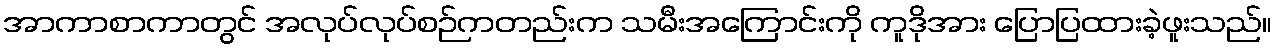
အာကာစာကာတွင် အလုပ်လုပ်စဉ်ကတည်းက သမီးအကြောင်းကို ကူဒိုအား ပြောပြထားခဲ့ဖူးသည်။